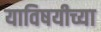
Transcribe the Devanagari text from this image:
याविषयीच्या